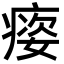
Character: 㾳